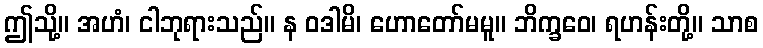
ဤသို့။ အဟံ၊ ငါဘုရားသည်။ န ဝဒါမိ၊ ဟောတော်မမူ။ ဘိက္ခဝေ၊ ရဟန်းတို့။ သာစ